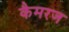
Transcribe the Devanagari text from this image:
कैमरज